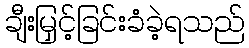
ချီးမြှင့်ခြင်းခံခဲ့ရသည်